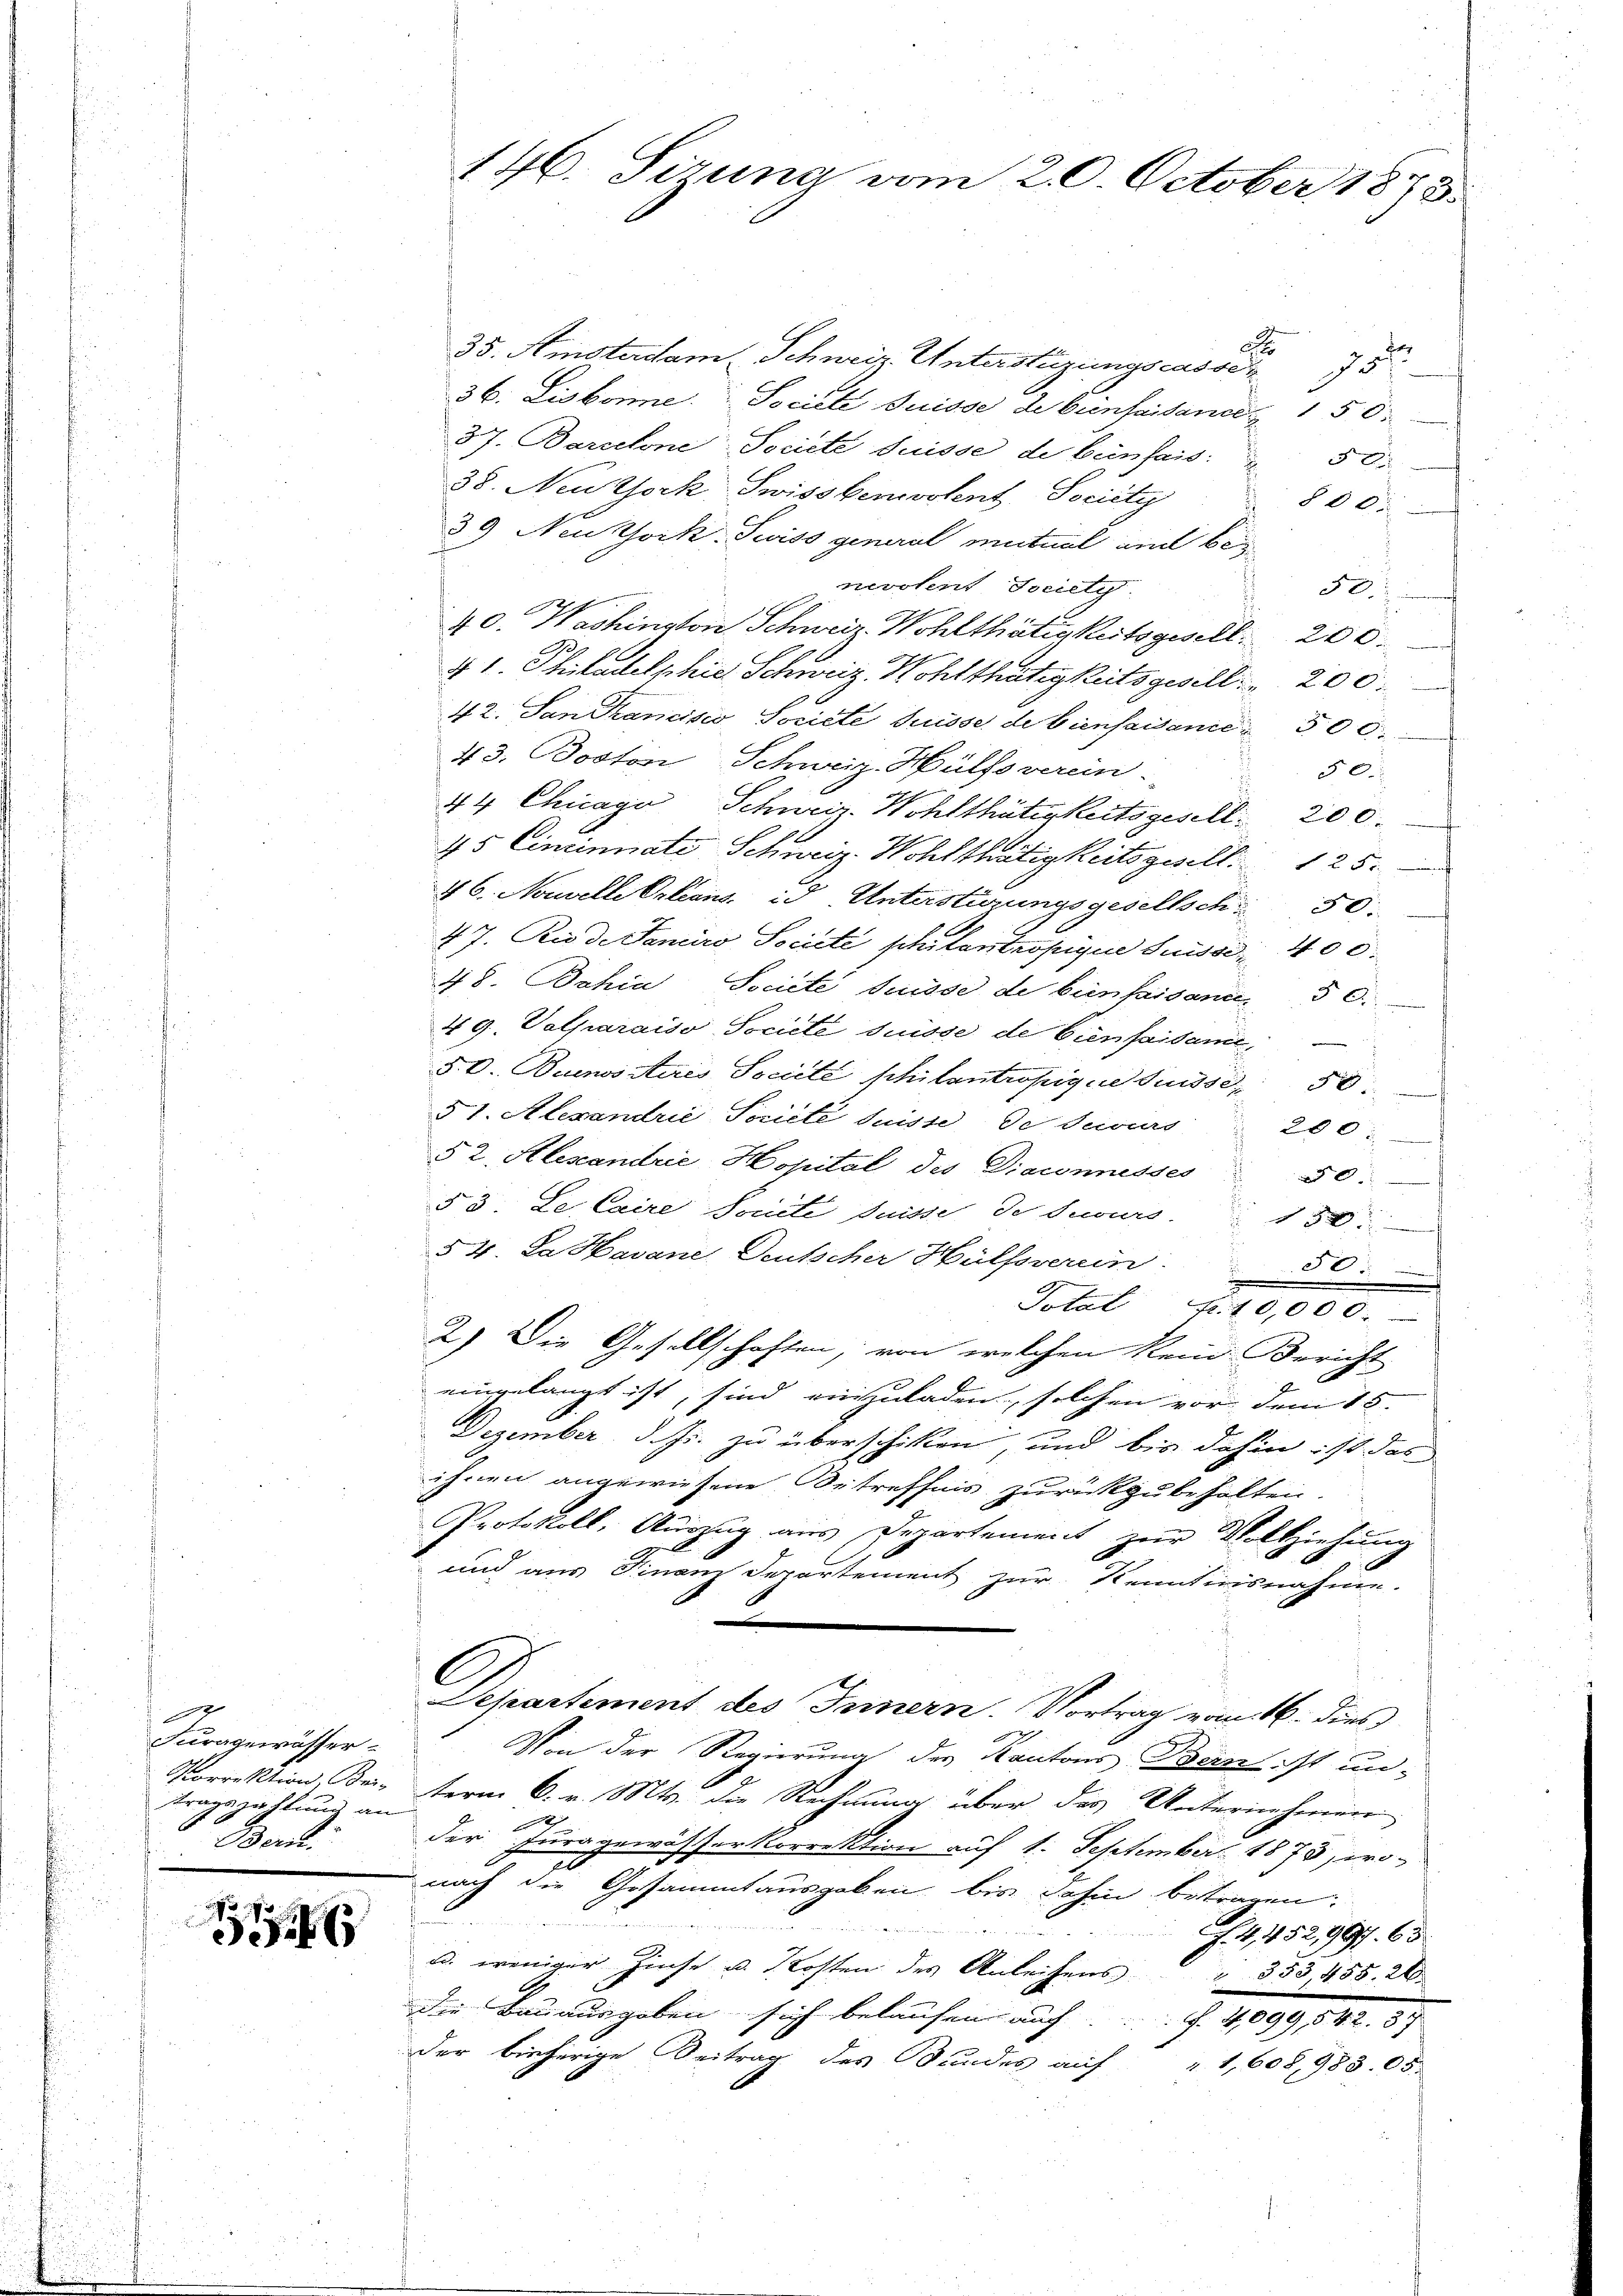
4
Furagewässer
ttragszahlung an
Bern.
.

4

146. Sizung vom 20. October 1873.

a
35. Amsterdam Schweiz. Unterstüzungscasser
17.
36. Lisbonne. Societe Suisse de beinfaisance 150
37. Barcelone Societe Suisse de beinfais: " 50.
38. Neuthork Swissbenvolent, Sociity 800.
39 Neusork- Suiss general mitmal am benevolent Society
F.
40. Washington Schweiz. Wohlthätigkeitsgesell 200.
F
41. Chitadelphie Schweiz. Wohlthätigkeitsgeselle 200.
42. San Francisco Societe Suisse de biensaisance 500.
43. Boston Schweiz. Hülfsverein.
0
44 Chicago Schweiz. Wohlthätigkeitsgesell 200.
45 Cincinnate Schweiz. Wohlthätigkeitsgesellt. 125.
46. Nouvelle Orleans, id Unterstüzungsgesellsch
47. Rio d. Janeiro Societe philantropigne Suisse 400.
48. Bahia Societe Suisse de beinfaisan. 50.
49. Volparaiso Société suisse de Cienfarbani,

§. O. Buenosseres Société philantrösige Sisse 50
51. Alexandrie Pociété suisse de securs
200.
52. Alexandrie Hopital des Diaconusses
250.
53. Le Caire Souite suisse de securs
130
54. Da Havane, Deutscher Hülfsverein.
.
Total Fr. 10,000.
2.) Die Gesellschaften, von welchen kein Bericht
eingelangt ist, sind einschaden, solchen vor dem 15.
Dezember d. Js. zu überschiken, und bis dahin ist das
ihnen angewiesene Betreffnis zurückzubehalten.
Protokoll, Auszug aus Departement zur Vollziehung
und aus Finanzdepartement zur Kenntnisnahme.
C
Departement des Innern. Vortrag vom 16. dies
Von der Regierung des Kantons Bern ist un-
Porrektion, Bei term 6. v. Mts. die Rechnung über das Unternehmen
0
der für gewässerkorrektion auf 1. September 1873, wo-
nach die Gesammtausgaben bis dahin betragen.
.
f. 4, 452,997. 65
a. weniger Zinse u. Kosten des Anleihens
 353, 458. 26.
die Bauausgaben sich belaufen auf. f. 4099,542. 37
Der bisherige Beitrag des Bundes auf 1,608,983. 65.